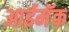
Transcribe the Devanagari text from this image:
आईमॅक